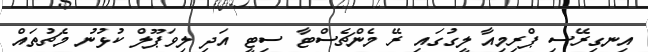
އިނގިރޭސި ޕްރިމިއާ ލީގުގައި ރޭ މެންޗެސްޓާ ސިޓީ އަދި ލިވަޕޫލް ކުޅުނު މެޗުތައް